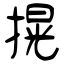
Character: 㨪